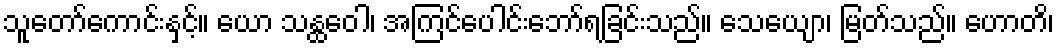
သူတော်ကောင်းနှင့်။ ယော သန္ထဝေါ၊ အကြင်ပေါင်းဘော်ရခြင်းသည်။ သေယျော၊ မြတ်သည်။ ဟောတိ၊